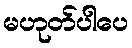
မဟုတ်ပါပေ